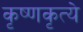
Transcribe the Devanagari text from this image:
कृष्णकृत्ये